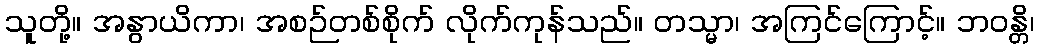
သူတို့။ အနွာယိကာ၊ အစဉ်တစ်စိုက် လိုက်ကုန်သည်။ တသ္မာ၊ အကြင်ကြောင့်။ ဘဝန္တိ၊